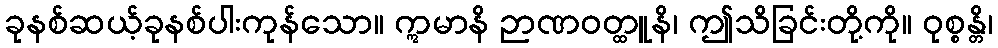
ခုနစ်ဆယ့်ခုနစ်ပါးကုန်သော။ ဣမာနိ ဉာဏဝတ္ထူနိ၊ ဤသိခြင်းတို့ကို။ ဝုစ္စန္တိ၊